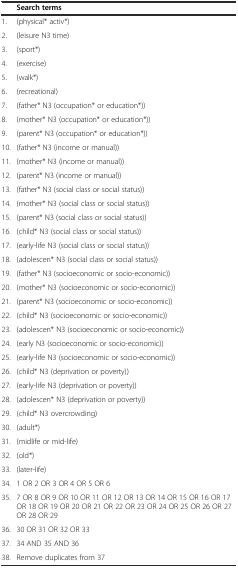
|  | Search terms |
 | --- | --- |
 | 1. | (physical* activ*) |
 | 2. | (leisure N3 time) |
 | 3. | (sport*) |
 | 4. | (exercise) |
 | 5. | (walk*) |
 | 6. | (recreational) |
 | 7. | (father* N3 (occupation* or education*)) |
 | 8. | (mother* N3 (occupation* or education*)) |
 | 9. | (parent* N3 (occupation* or education*)) |
 | 10. | (father* N3 (income or manual)) |
 | 11. | (mother* N3 (income or manual)) |
 | 12. | (parent* N3 (income or manual)) |
 | 13. | (father* N3 (social class or social status)) |
 | 14. | (mother* N3 (social class or social status)) |
 | 15. | (parent* N3 (social class or social status)) |
 | 16. | (child* N3 (social class or social status)) |
 | 17. | (early-life N3 (social class or social status)) |
 | 18. | (adolescen* N3 (social class or social status)) |
 | 19. | (father* N3 (socioeconomic or socio-economic)) |
 | 20. | (mother* N3 (socioeconomic or socio-economic)) |
 | 21. | (parent* N3 (socioeconomic or socio-economic)) |
 | 22. | (child* N3 (socioeconomic or socio-economic)) |
 | 23. | (adolescen* N3 (socioeconomic or socio-economic)) |
 | 24. | (early N3 (socioeconomic or socio-economic)) |
 | 25. | (early-life N3 (socioeconomic or socio-economic)) |
 | 26. | (child* N3 (deprivation or poverty)) |
 | 27. | (early-life N3 (deprivation or poverty)) |
 | 28. | (adolescen* N3 (deprivation or poverty)) |
 | 29. | (child* N3 overcrowding) |
 | 30. | (adult*) |
 | 31. | (midlife or mid-life) |
 | 32. | (old*) |
 | 33. | (later-life) |
 | 34. | 1 OR 2 OR 3 OR 4 OR 5 OR 6 |
 | 35. | 7 OR 8 OR 9 OR 10 OR 11 OR 12 OR 13 OR 14 OR 15 OR 16 OR 17 OR 18 OR 19 OR 20 OR 21 OR 22 OR 23 OR 24 OR 25 OR 26 OR 27 OR 28 OR 29 |
 | 36. | 30 OR 31 OR 32 OR 33 |
 | 37. | 34 AND 35 AND 36 |
 | 38. | Remove duplicates from 37 |